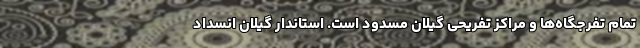
تمام تفرجگاه‌ها و مراکز تفریحی گیلان مسدود است. استاندار گیلان انسداد